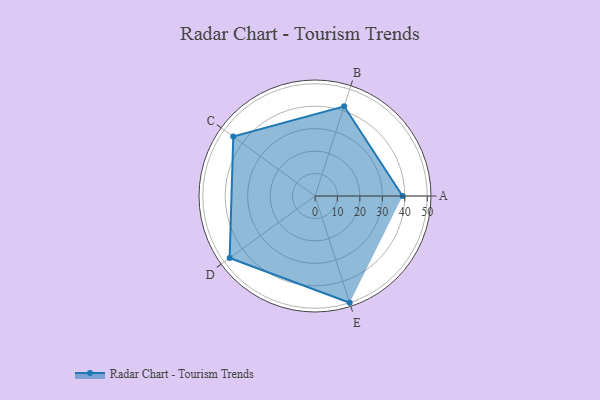
{"axis": {"x": "Skill", "y": "Score"}, "legend": ["Profile"], "data": [{"x": "A", "y": 39.0, "type": "Profile"}, {"x": "B", "y": 42.0, "type": "Profile"}, {"x": "C", "y": 45.0, "type": "Profile"}, {"x": "D", "y": 47.0, "type": "Profile"}, {"x": "E", "y": 50.0, "type": "Profile"}]}